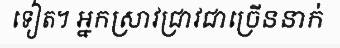
ទៀត។ អ្នកស្រាវជ្រាវជាច្រើននាក់